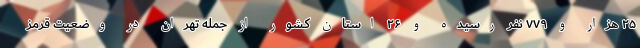
۲۵ هزار و ۷۷۹ نفر رسیده و ۲۶ استان کشور از جمله تهران در وضعیت قرمز